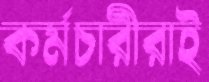
কর্মচারীরাই